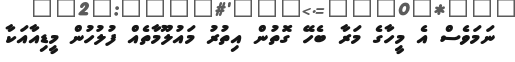
ނަމަވެސް އެ މީހާގެ މަރާ ބެހޭ ގޮތުން އިތުރު މައުލޫމާތެއް ފުލުހުން މީޑިއާއަކާ